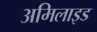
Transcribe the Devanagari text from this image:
अमिलाइड